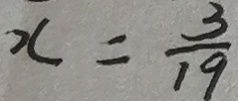
x = \frac { 3 } { 1 9 }